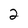
Character: 2